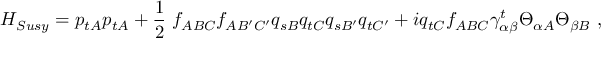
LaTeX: H _ { S u s y } = p _ { t A } p _ { t A } + \frac { 1 } { 2 } \ f _ { A B C } f _ { A B ^ { \prime } C ^ { \prime } } q _ { s B } q _ { t C } q _ { s B ^ { \prime } } q _ { t C ^ { \prime } } + i q _ { t C } f _ { A B C } \gamma _ { \alpha \beta } ^ { t } \Theta _ { \alpha A } \Theta _ { \beta B } \ ,